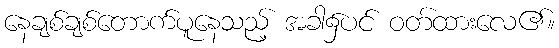
နေချစ်ချစ်တောက်ပူနေသည့် အခါ၌ပင် ဝတ်ထားလေ၏။